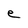
Character: e